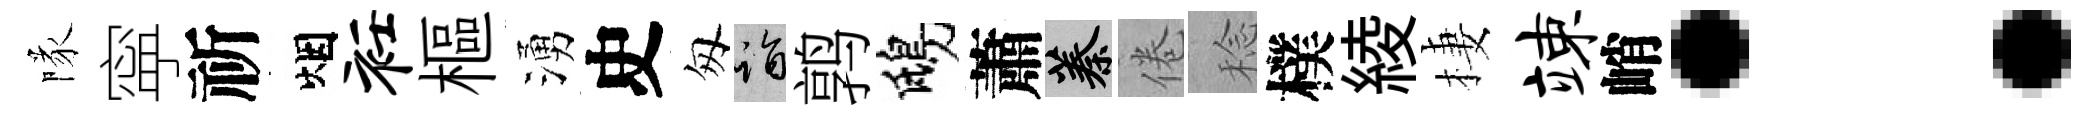
隊寜祈烟衽樞湧史匆诣鹑鴟蕭蓁倦稔樸綾棲竦峭：